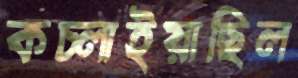
কচ্‌লাইয়াছিল